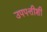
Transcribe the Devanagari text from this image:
उपपत्तीशी